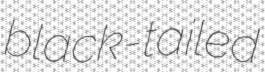
black-tailed